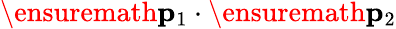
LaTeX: \ensuremath{\mathbf{p}}_{1}\cdot\ensuremath{\mathbf{p}}_{2}